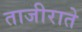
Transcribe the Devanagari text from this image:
ताजीराते